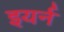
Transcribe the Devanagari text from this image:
इयर्न